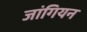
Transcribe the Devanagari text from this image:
जांगियन